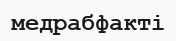
медрабфакті